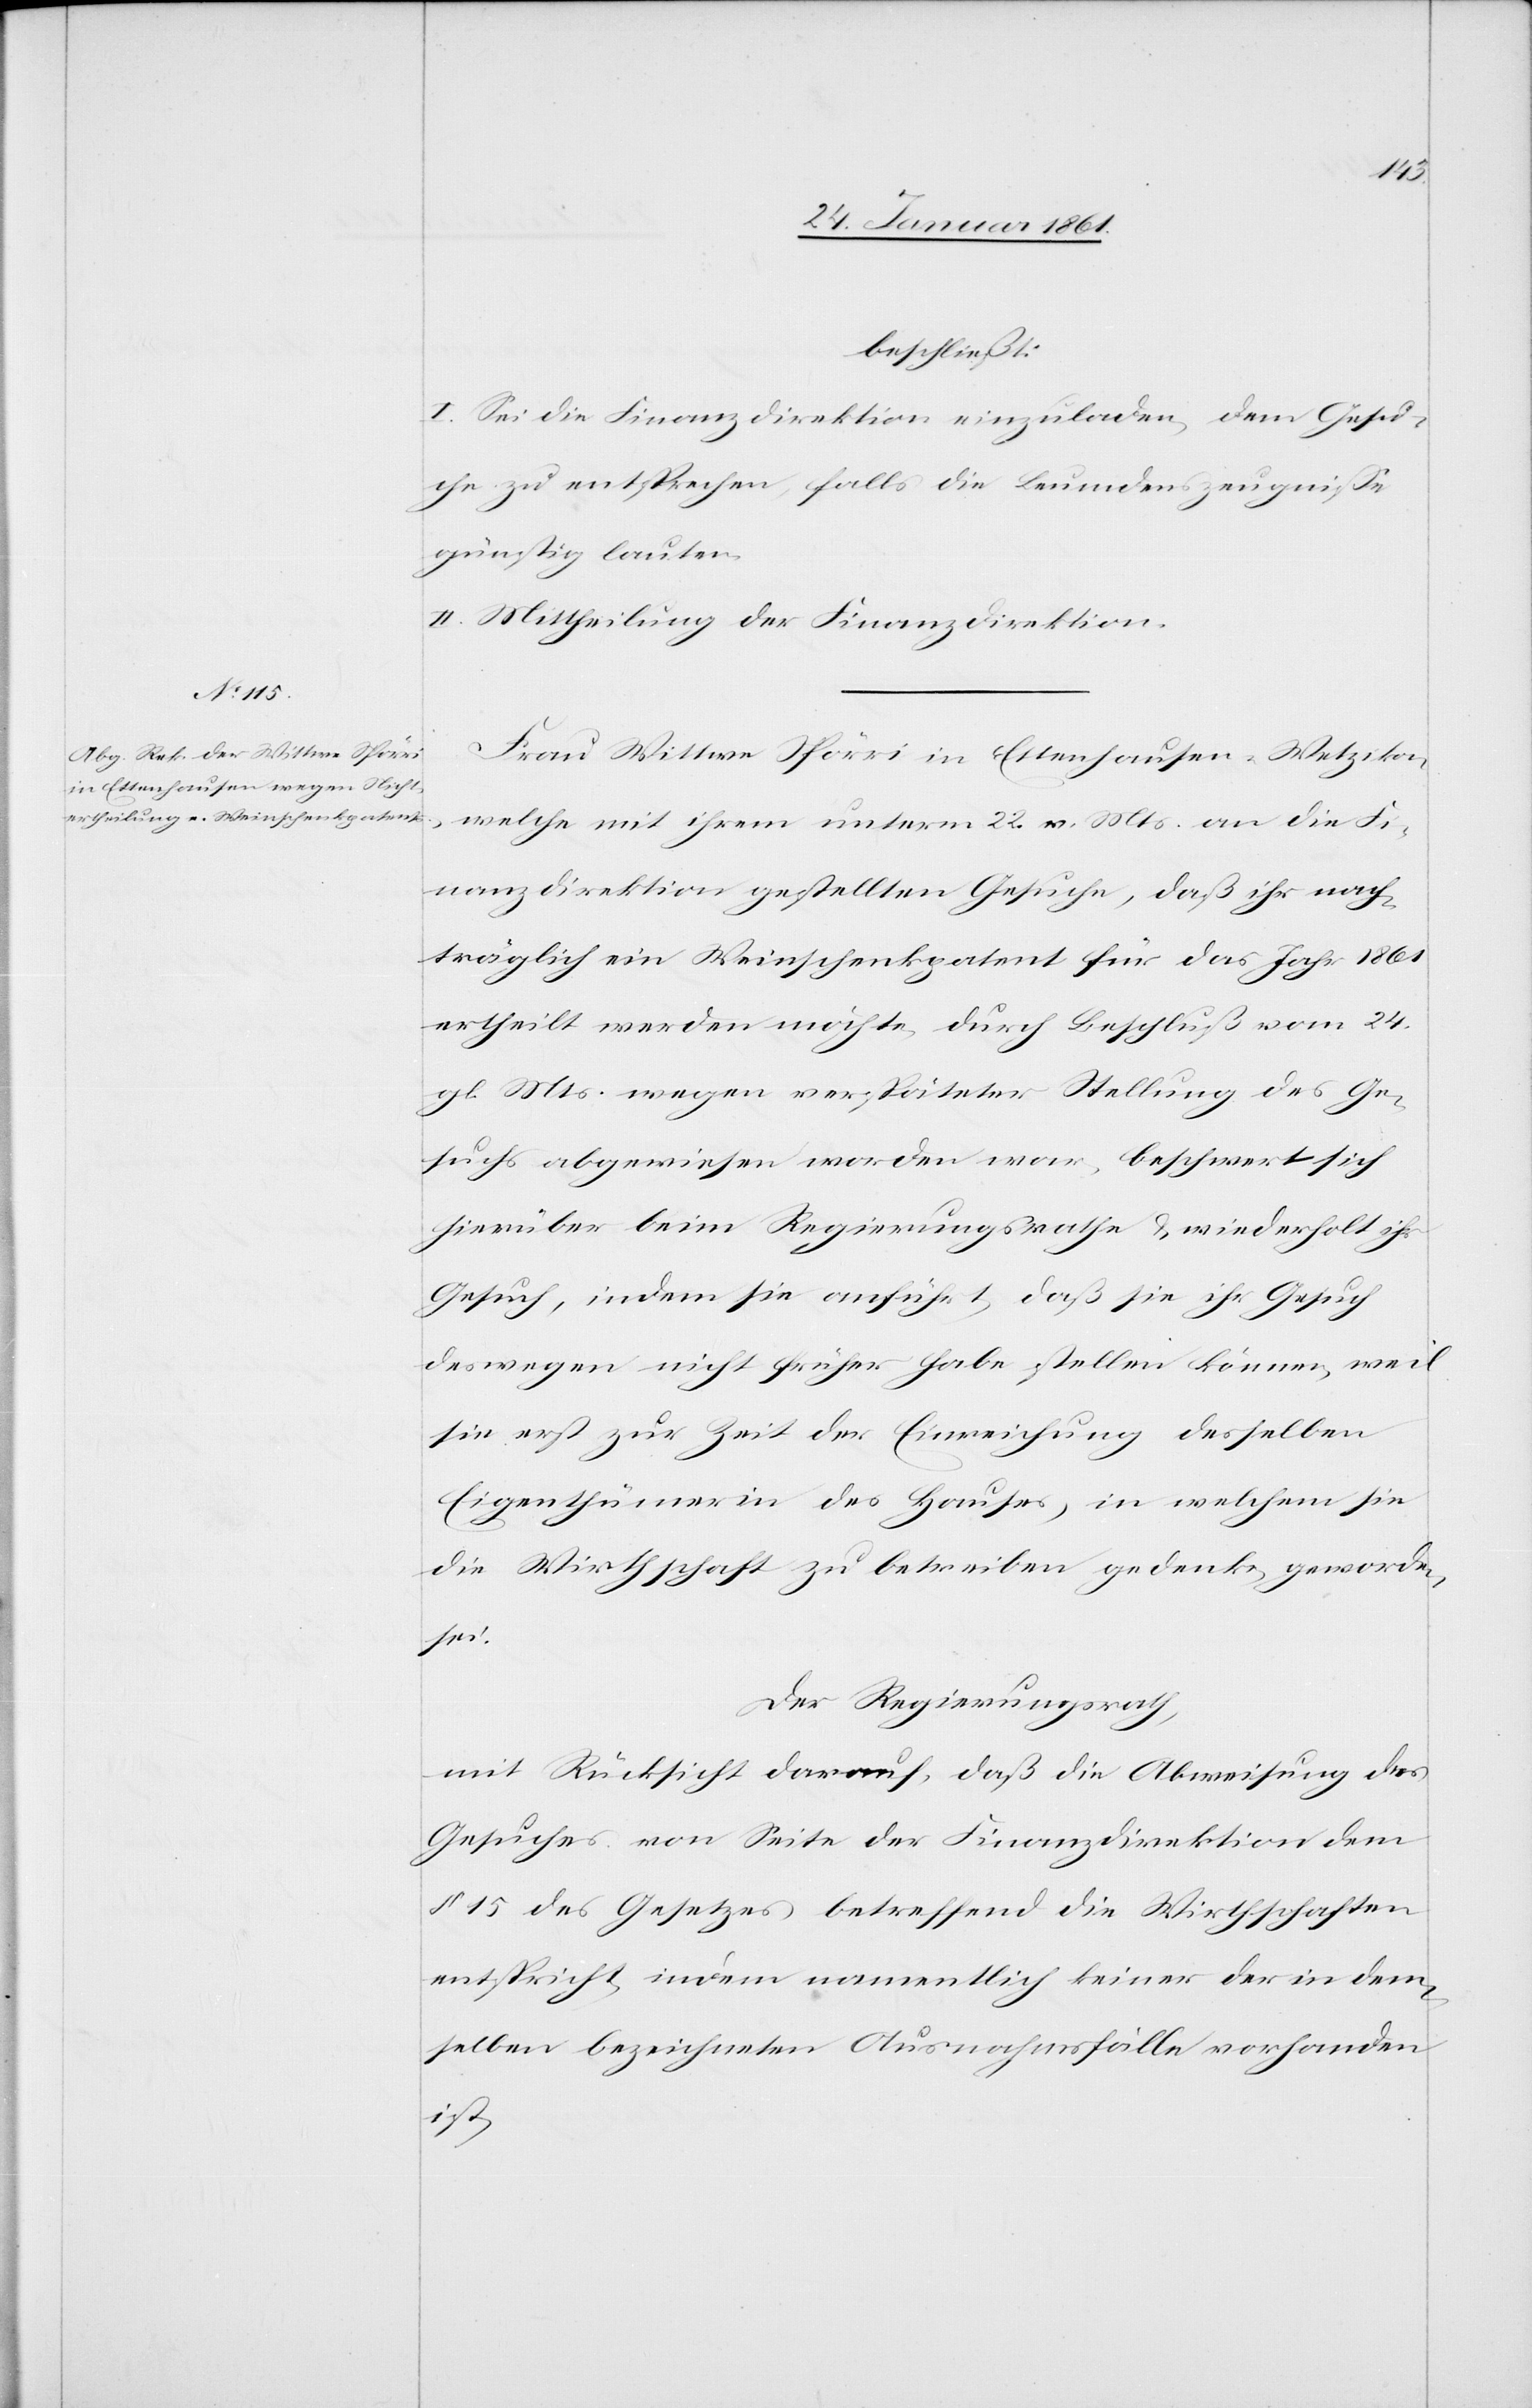
beschließt:
I. Sei die Finanzdirektion einzuladen, dem Gesu¬
che zu entsprechen, falls die Bundeszeugnisse
günstig lauten.
II. Mittheilung der Finanzdirektion.
Frau Wittwe Spörri in Ettenhausen-Wetzikon,
welche mit ihrem unterm 22. v. Mts. an die Fi¬
nanzdirektion gestellten Gesuche, daß ihr nach¬
träglich ein Weinschenkpatent für das Jahr 1861
ertheilt werden möchte, durch Beschluß vom 24.
gl. Mts. wegen verspäteter Stellung des Ge¬
suchs abgewiesen worden war, beschwert sich
hierüber beim Regierungsrathe u. wiederholt ihr
Gesuch, indem sie anführt, daß sie ihr Gesuch
deswegen nicht früher habe stellen können weil
sie erst zur Zeit der Einreichung desselben
Eigenthümerin des Hauses, in welchem sie
die Wirthschaft zu betreiben gedenke, geworden
sei.
Der Regierungsrath,
mit Rücksicht darauf, daß die Abweisung des
Gesuches von Seite der Finanzdirektion dem
§. 15 des Gesetzes betreffend Wirthschaften
entspricht, indem namentlich keiner der in dem¬
selben bezeichneten Ausnahmsfälle vorhanden
ist,